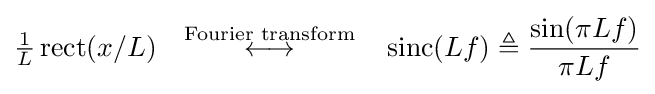
{\tfrac {1}{L}}\operatorname {rect} (x/L)\quad {\stackrel {\text{Fourier transform}}{\longleftrightarrow }}\quad \operatorname {sinc} (Lf)\triangleq {\frac {\sin(\pi Lf)}{\pi Lf}}